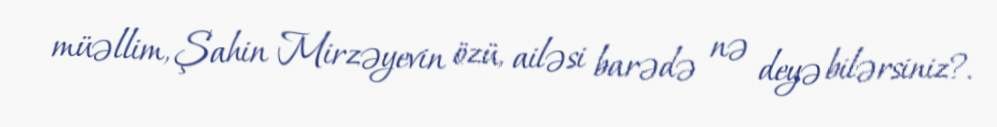
müəllim, Şahin Mirzəyevin özü, ailəsi barədə nə deyə bilərsiniz?.